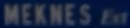
MEKNES For